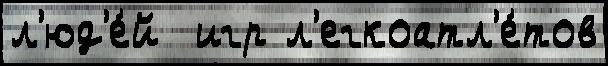
л'юд'е́й  игр л'егкоатл'е́тов